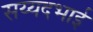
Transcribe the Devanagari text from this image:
सय्यदभाई